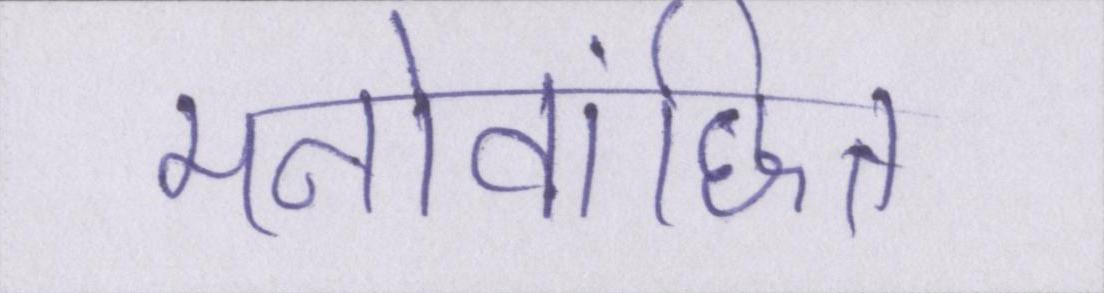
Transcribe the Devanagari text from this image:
मनोवांछित